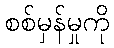
စစ်မှန်မှုကို